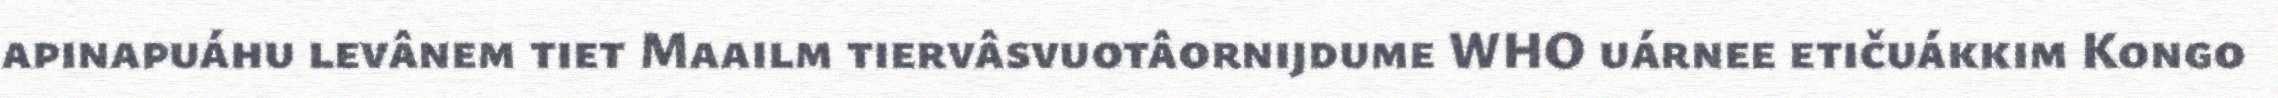
apinapuáhu levânem tiet Maailm tiervâsvuotâornijdume WHO uárnee etičuákkim Kongo